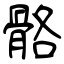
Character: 骼